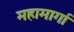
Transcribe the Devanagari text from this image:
महामार्गा